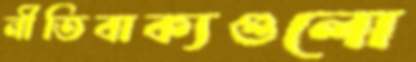
নীতিবাক্যগুলো